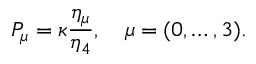
P _ { \mu } = \kappa \frac { \eta _ { \mu } } { \eta _ { 4 } } , \quad \mu = ( 0 , \ldots , 3 ) .